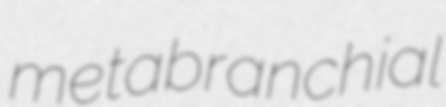
metabranchial